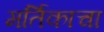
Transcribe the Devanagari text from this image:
मर्तिकाचा